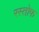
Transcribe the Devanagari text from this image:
रस्तोफ